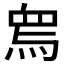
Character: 𤉱